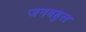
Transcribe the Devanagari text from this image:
जनबहुल